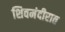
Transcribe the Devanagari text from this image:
शिवमंदीरात